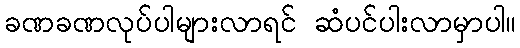
ခဏခဏလုပ်ပါများလာရင် ဆံပင်ပါးလာမှာပါ။